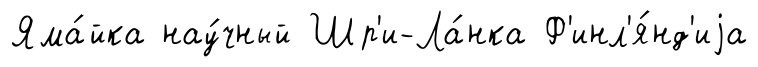
Яма́йка нау́чный Шр'и-Ла́нка Ф'инл'я́нд'иjа